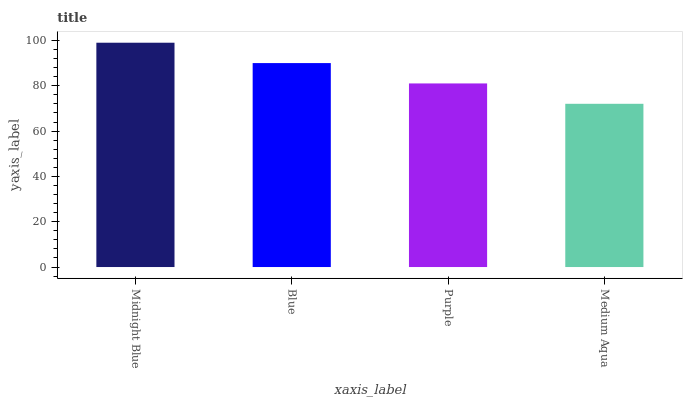
| xaxis_label | bars |
 | --- | --- |
 | Midnight Blue | 99 |
 | Blue | 90 |
 | Purple | 81 |
 | Medium Aqua | 72 |